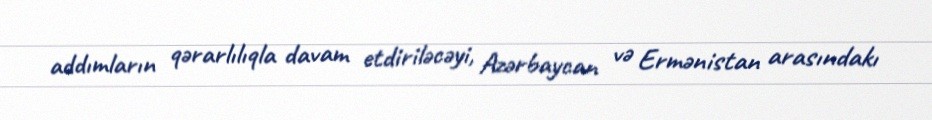
addımların qərarlılıqla davam etdiriləcəyi, Azərbaycan və Ermənistan arasındakı